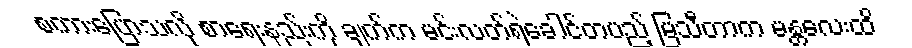
စကားပြောသလို စာရေးနည်းကို ချက်က မင်းလတ်ရဲခေါင်တပည့် မြသီတာက မန္တလေးထိ